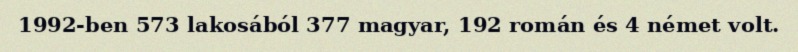
1992-ben 573 lakosából 377 magyar, 192 román és 4 német volt.